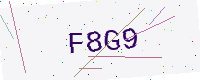
Text: F8G9